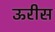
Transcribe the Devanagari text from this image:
ऊरीस